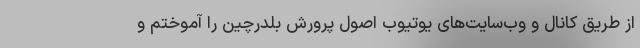
از طریق کانال‌ و وب‌سایت‌های یوتیوب اصول پرورش بلدرچین را آموختم و